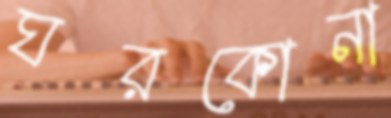
ঘরকোনা